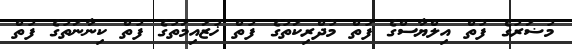
މުޟަރުގެ ފުތް އިލްޔާސްގެ ފުތް މުދްރިކަތުގެ ފުތް ޚުޒައިމަތުގެ ފުތް ކިނާނަތުގެ ފުތް